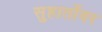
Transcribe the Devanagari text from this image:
सुहार्तोवर